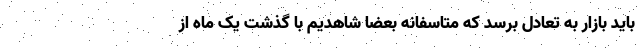
باید بازار به تعادل برسد که متاسفانه بعضا شاهدیم با گذشت یک ماه از